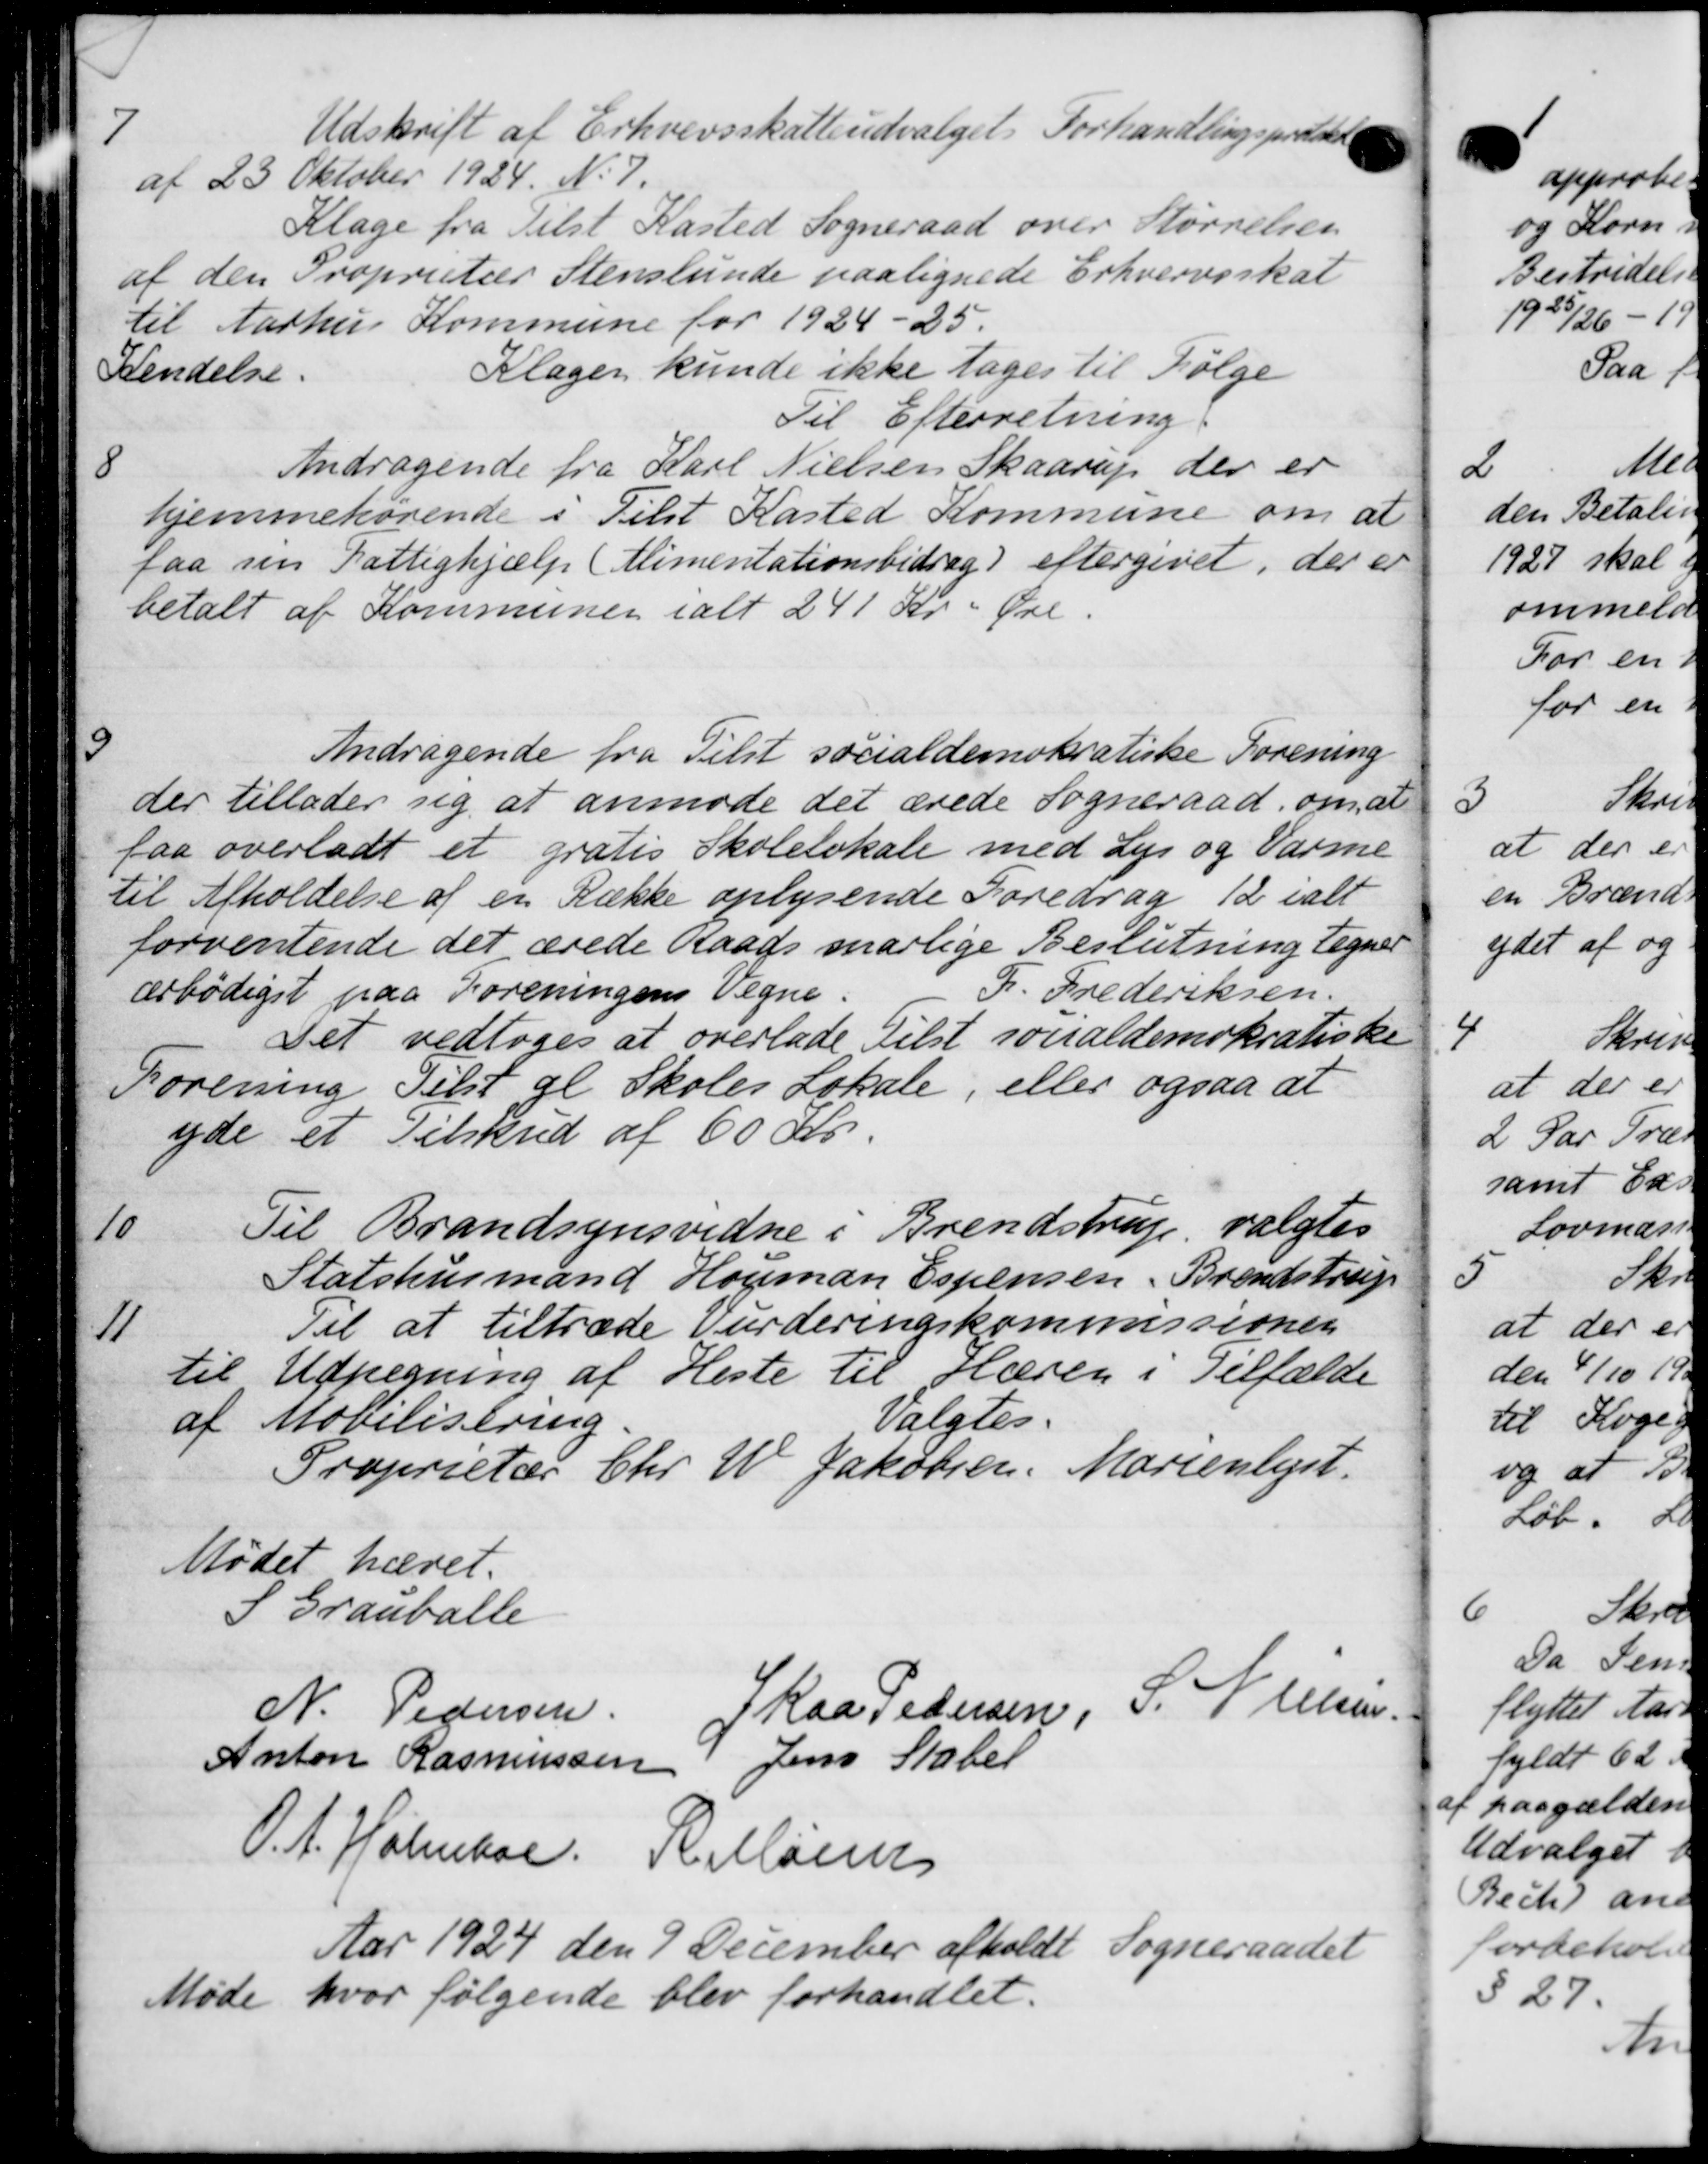
Transskription:
7
Udskrift af Erhvervsskatteudvalget Forhandlingspræstede
af 23 Oktober 1924. No 7.
Klage fra Tilst Kasted Sogneraad over Størrelsen
af den Proprietær Stenslunde paalignede Erhvervsskat
til Aarhus Kommune for 1924-25.
Kendelse.
Klagen kunde ikke tages til Følge
Til Efterretning
8
Andragende fra Karl Nielsen Skaarup der er
hjemmehørende i Tilst Kasted Kommune om at
faa sin Fattighjælp (Alimentationsbidrag) eftergivet, der er
betalt af Kommunen i alt 241 Kr. i Øre.

Andragende fra Tilst socialdemokratiske Forening
der tillader sig at anmode det ærede Sogneraad om, at
faa overladt et gratis Skolelokale med Lys og Varme
til Afholdelse af en Række oplysende Foredrag 12 i alt
forventende det ærede Raads marlige Beslutning tegner
F. Frederiksen.
ærbødigst paa Foreningens Vegne.
Det vedtoges at overlade Tilst socialdemokratiske
Forening Tilst gl Skoles Lokale, eller ogsaa at
yde et Tilskud af 60 Kr.
10
Til Brandsynsvidne i Brendstrup valgtes
Statshusmand Houman Espensen, Brendstrup
11
Til at tiltræde Vurderingskommissionen
til Udpegning af Heste til Hæren i Tilfælde
Valgtes.
af Movilisering
Proprietær Chr. W. Jakobsen. Marienlyst.
Mødet hævet.
S Granballe
N. Pedersen.
Skaa Pedersen, J. Nielsen.
Anton Rasmussen Jens Stabel
O. A. Holmboe. R. Mørens
Aar 1924 den 9 December afholdt Sogneraadet
Møde hvor følgende blev forhandlet.